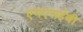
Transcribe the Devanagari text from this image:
एमएसईबी